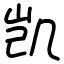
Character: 凯